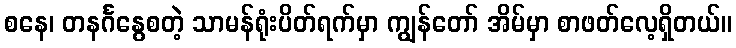
စနေ၊ တနင်္ဂနွေစတဲ့ သာမန်ရုံးပိတ်ရက်မှာ ကျွန်တော် အိမ်မှာ စာဖတ်လေ့ရှိတယ်။